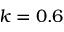
k = 0 . 6